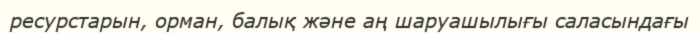
ресурстарын, орман, балық және аң шаруашылығы саласындағы